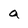
Character: a